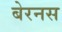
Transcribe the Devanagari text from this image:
बेरनस